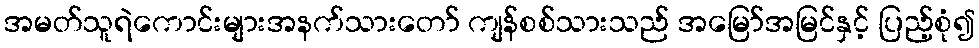
အမတ်သူရဲကောင်းများအနက်သားတော် ကျန်စစ်သားသည် အမြော်အမြင်နှင့် ပြည့်စုံ၍